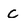
Character: C